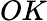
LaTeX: OK